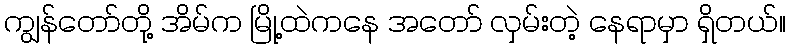
ကျွန်တော်တို့ အိမ်က မြို့ထဲကနေ အတော် လှမ်းတဲ့ နေရာမှာ ရှိတယ်။